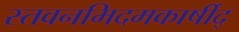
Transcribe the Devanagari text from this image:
स्तवनमिदमकार्षीद्